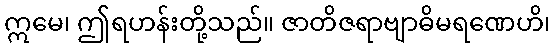
ဣမေ၊ ဤရဟန်းတို့သည်။ ဇာတိဇရာဗျာဓိမရဏေဟိ၊